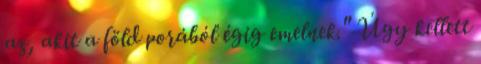
az, akit a föld porából égig emelnek." Úgy kellett